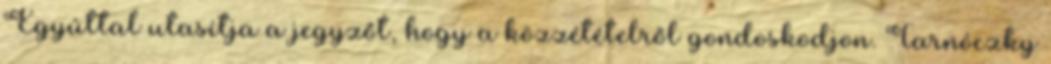
Egyúttal utasítja a jegyzőt, hogy a közzétételről gondoskodjon. Tarnóczky